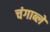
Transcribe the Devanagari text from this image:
चंगाब्ले